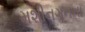
મશીનગનના